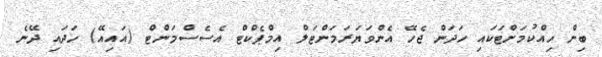
ބިން ހިއްކުމަށްޓަކައި ހަދަން ޖެހޭ އެންވަޔަރަމަންޓަލް އިމްޕެކްޓް އެސެސްމަންޓް (އައިއޭ) ހަދައި ދޭނެ